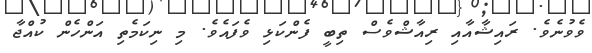
ވެވުނެވެ. ރައިޝާއާއި ރިއާޝްވެސް ތިބީ ފެންކަޅި ވެފައެވެ. މި ނިކަމެތި އަންހެން ކުއްޖާ